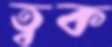
ত্বক